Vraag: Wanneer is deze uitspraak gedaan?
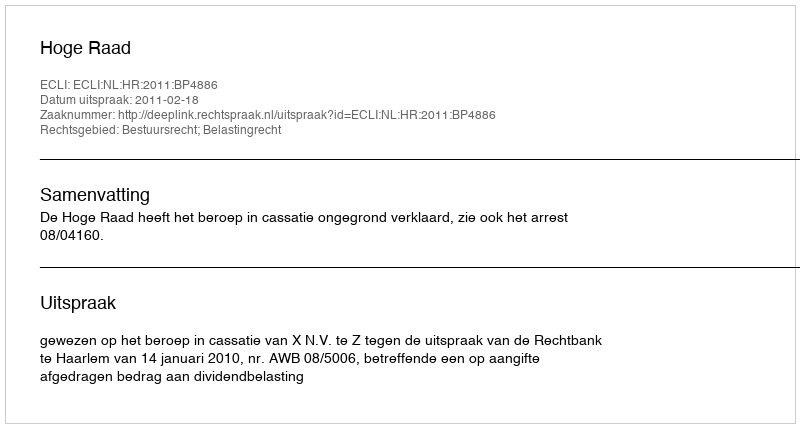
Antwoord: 2011-02-18